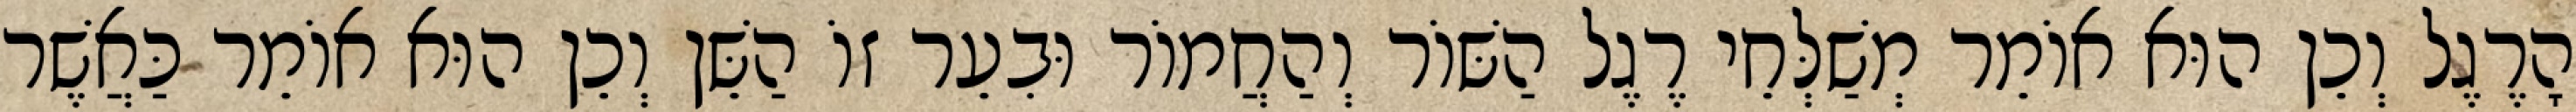
הָרֶגֶל וְכֵן הוּא אוֹמֵר מְשַׁלְּחֵי רֶגֶל הַשּׁוֹר וְהַחֲמוֹר וּבִעֵר זוֹ הַשֵּׁן וְכֵן הוּא אוֹמֵר כַּאֲשֶׁר